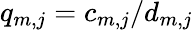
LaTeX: q_{m,j}=c_{m,j}/d_{m,j}